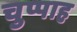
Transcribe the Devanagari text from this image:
चुप्पाह